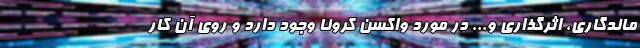
ماندگاری، اثرگذاری و... در مورد واکسن کرونا وجود دارد و روی آن کار